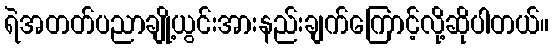
ရဲအတတ်ပညာချို့ယွင်းအားနည်းချက်ကြောင့်လို့ဆိုပါတယ်။